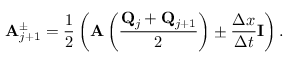
\mathbf { A } _ { j + 1 } ^ { \pm } = \frac { 1 } { 2 } \left( \mathbf { A } \left( \frac { \mathbf { Q } _ { j } + \mathbf { Q } _ { j + 1 } } { 2 } \right) \pm \frac { \Delta x } { \Delta t } \mathbf { I } \right) .